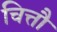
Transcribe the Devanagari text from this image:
चित्तौ